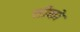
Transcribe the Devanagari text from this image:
तीको